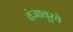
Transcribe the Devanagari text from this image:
तंजावूरचे